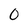
Character: 0